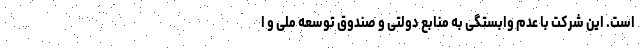
است. این شرکت با عدم وابستگی به منابع دولتی و صندوق توسعه ملی و ا